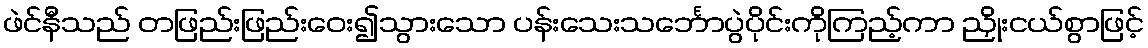
ဖဲင်နီသည် တဖြည်းဖြည်းဝေး၍သွားသော ပန်းသေးသင်္ဘောပွဲပိုင်းကိုကြည့်ကာ ညှိုးငယ်စွာဖြင့်